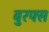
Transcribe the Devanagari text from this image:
बुरफ्स